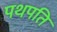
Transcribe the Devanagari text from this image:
पथपति